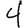
Digit: 4